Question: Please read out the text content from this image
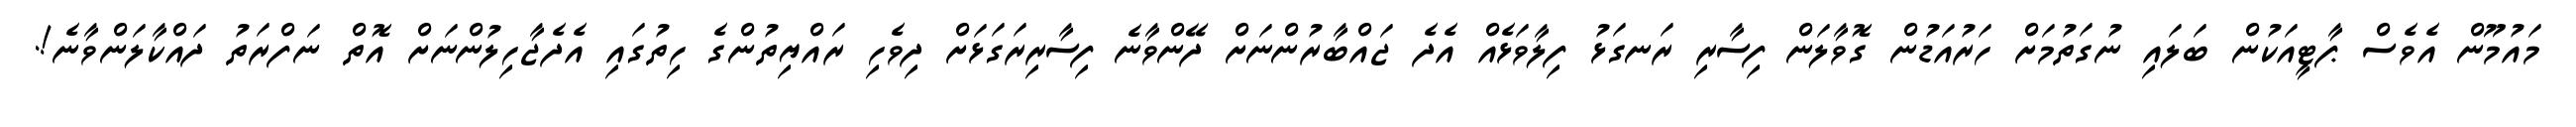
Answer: މައުމޫން އެވެސް ޕާޓީއަކުން ބަލައި ނުގަތުމަށް ހަރުއަޑުން ގޮވާލަން ފިސާރި ރަނގަޅު ފިލާވަޅެއް އެދެ ޖައްބާރުންނަށް ދޭންވާނެ ފިސާރިރަގަޅަށް ދިވެހި ރައްޔިތުންގެ ހިތުގައި އެދެޖާހިލުންނަށް އޮތް ނަފްރަތު ދައްކާލަންވާނެ!.